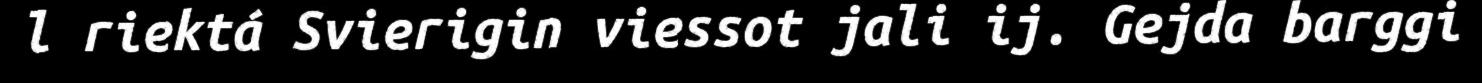
l riektá Svierigin viessot jali ij. Gejda barggi